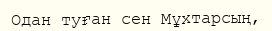
Одан туған сен Мұхтарсың,